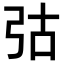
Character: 𢏆